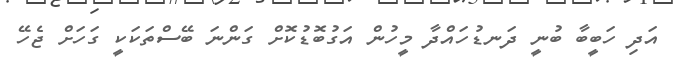
އަދި ހަބީބާ ބުނީ ދަނޑުހައްދާ މީހުން އަގުބޮޑުކޮށް ގަންނަ ބޭސްތަކަކީ ގަހަށް ޖެހޭ